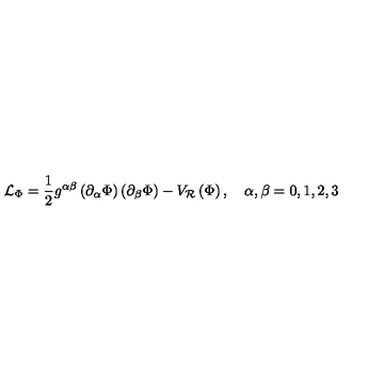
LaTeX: \mathcal { L } _ { \Phi } = \frac { 1 } { 2 } g ^ { \alpha \beta } \left( \partial _ { \alpha } \Phi \right) \left( \partial _ { \beta } \Phi \right) - V _ { \mathcal { R } } \left( \Phi \right) , \quad \alpha , \beta = 0 , 1 , 2 , 3